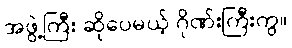
အဖွဲ့ကြီး ဆိုပေမယ့် ဂိုဏ်းကြီးကွ။